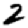
Digit: 2